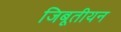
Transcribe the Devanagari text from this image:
जिबूतीयन